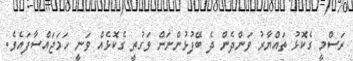
ރަސްމީ ގެކޮޅު ތައްޔާރު ވަންދެން ދެ ބޭފުޅުންނަށް ވަގުތީ ގެކޮޅެއް ވަނީ ހަމަޖައްސާފައެވެ.